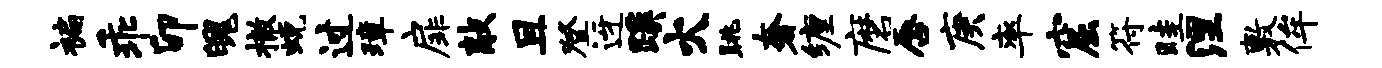
褊乖卯魄撤蜕过璋扉敲且登迓蹊火眺奢缠磨唇庚率窟符畦涅敷侔